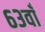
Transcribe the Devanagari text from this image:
६३वाँ